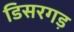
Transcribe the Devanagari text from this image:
डिसरगड़